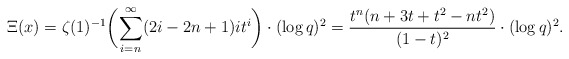
\begin{align*} \Xi(x) = \zeta(1)^{-1} \biggl(\sum_{i=n}^\infty(2i-2n+1)it^i\biggr)\cdot (\log q)^2 = \frac{t^n (n + 3 t + t^2 - n t^2)}{(1 - t)^2}\cdot (\log q)^2.\end{align*}